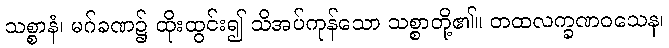
သစ္စာနံ၊ မဂ်ခဏ၌ ထိုးထွင်း၍ သိအပ်ကုန်သော သစ္စာတို့၏။ တထလက္ခဏဝသေန၊